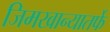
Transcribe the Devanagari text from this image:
जिमखान्यातर्फे